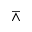
\barwedge